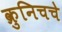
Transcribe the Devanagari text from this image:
क्रुनिचचे